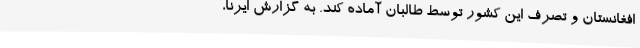
افغانستان و تصرف این کشور توسط طالبان آماده کند. به گزارش ایرنا،